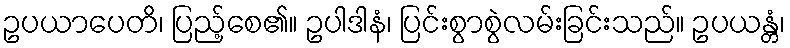
ဥပယာပေတိ၊ ပြည့်စေ၏။ ဥပါဒါနံ၊ ပြင်းစွာစွဲလမ်းခြင်းသည်။ ဥပယန္တံ၊